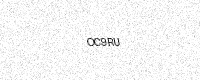
Text: OC9RU